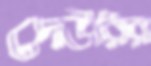
দেউরির